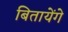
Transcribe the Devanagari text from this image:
बितायेंगे